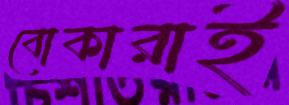
বোকারাই